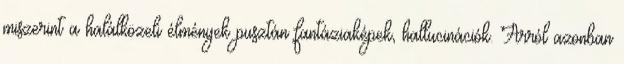
miszerint a halálközeli élmények pusztán fantáziaképek, hallucinációk. Arról azonban